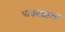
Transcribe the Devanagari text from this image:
पाकाशाला